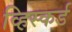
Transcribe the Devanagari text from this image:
व्हिस्कर्ड